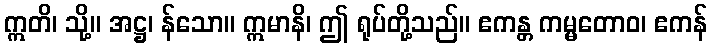
ဣတိ၊ သို့။ အဋ္ဌ၊ န်သော။ ဣမာနိ၊ ဤ ရုပ်တို့သည်။ ဧကန္တ ကမ္မတောဝ၊ ဧကန်